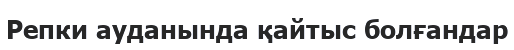
Репки ауданында қайтыс болғандар